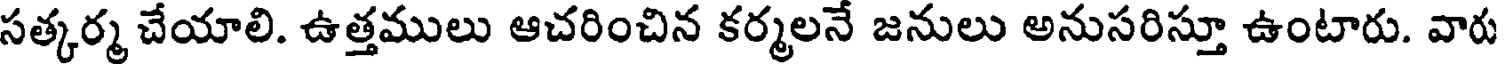
సత్కర్మ చేయాలి. ఉత్తములు ఆచరించిన కర్మలనే జనులు అనుసరిస్తూ ఉంటారు. వారు